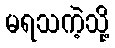
မရသကဲ့သို့